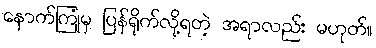
နောက်ကြုံမှ ပြန်ရိုက်လို့ရတဲ့ အရာလည်း မဟုတ်။